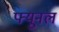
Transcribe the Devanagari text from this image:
फ्यूनल